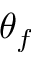
\theta _ { f }